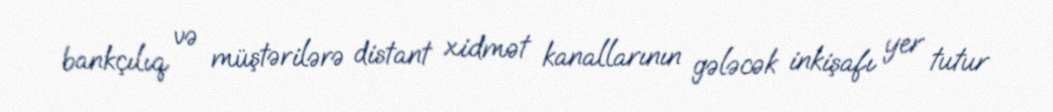
bankçılıq və müştərilərə distant xidmət kanallarının gələcək inkişafı yer tutur